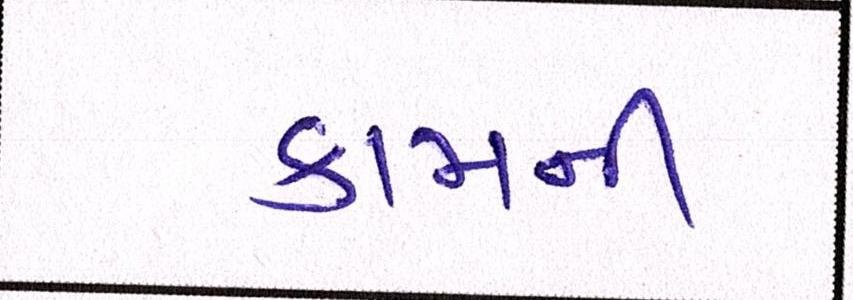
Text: કામની